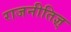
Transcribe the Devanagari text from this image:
राजनीतिज्ञ्